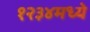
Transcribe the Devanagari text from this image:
१२३४मध्ये